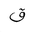
Letter: _qaf